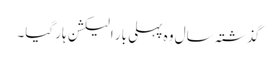
گذشتہ سال وہ پہلی بار الیکشن ہار گیا۔